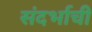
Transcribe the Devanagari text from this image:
संदर्भाची